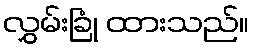
လွှမ်းခြုံ ထားသည်။